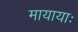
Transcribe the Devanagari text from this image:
मायायाः